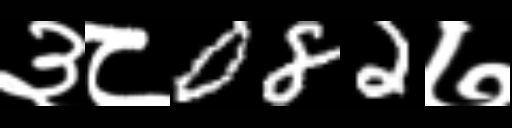
Text: ३८082७